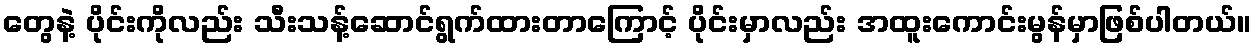
တွေနဲ့ ပိုင်းကိုလည်း သီးသန့်ဆောင်ရွက်ထားတာကြောင့် ပိုင်းမှာလည်း အထူးကောင်းမွန်မှာဖြစ်ပါတယ်။